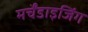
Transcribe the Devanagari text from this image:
मर्चेंडाइजिंग